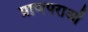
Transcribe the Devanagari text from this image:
प्राणपराओं